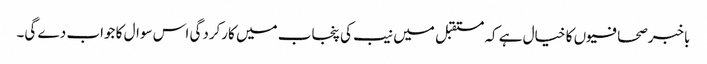
باخبرصحافیوں کا خیال ہے کہ مستقبل میں نیب کی پنجاب میں کارکردگی اس سوال کا جواب دے گی۔